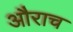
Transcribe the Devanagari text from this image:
औराच